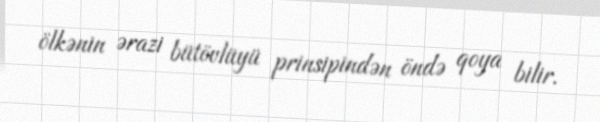
ölkənin ərazi bütövlüyü prinsipindən öndə qoya bilir.